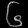
Digit: ၆